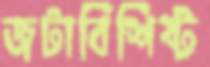
জটাবিশিষ্ট